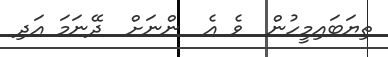
ތިޔަބައިމީހުން  ވެ އެ  ންނަށް  ދޭނަމަ އަދި